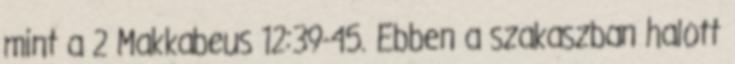
mint a 2 Makkabeus 12:39-45. Ebben a szakaszban halott